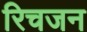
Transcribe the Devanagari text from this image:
रिचजन